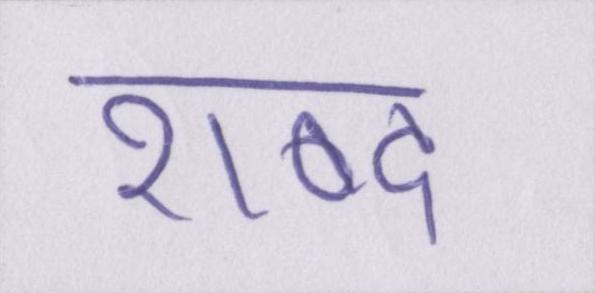
शब्द